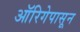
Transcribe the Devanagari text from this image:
ऑरिगेपासून